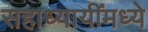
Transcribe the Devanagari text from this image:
सहाध्यायींमध्ये